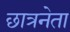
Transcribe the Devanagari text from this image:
छात्रनेता